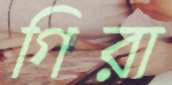
গিরা